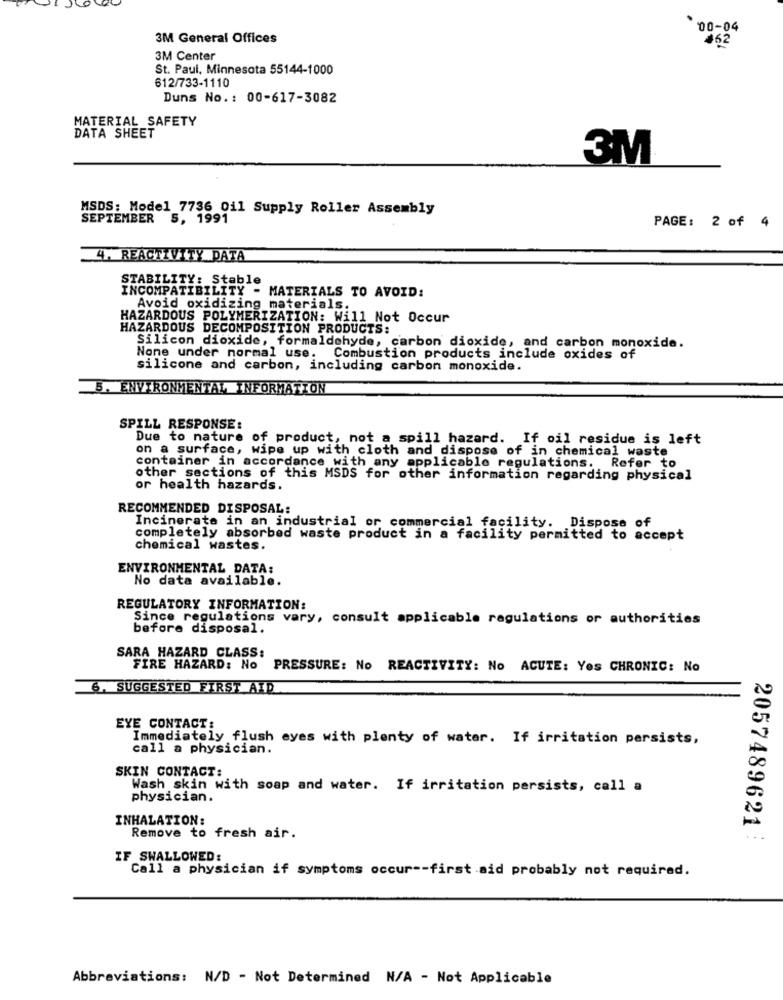
00-04
3M General Offices
162
3M Center
St. Paul, Minnesota 55144-1000
612/733-1110
Duns No. : 00-617-3082
MATERIAL SAFETY
DATA SHEET
3M
MSDS: Model 7736 0il Supply Roller Assembly
SEPTEMBER 5, 1991
PAGE: 2 of 4
4. REACTIVITY DATA
STABILITY: Stable
INCOMPATIBILITY - MATERIALS TO AVOID:
Avoid oxidizing materials.
HAZARDOUS POLYMERIZATION: Will Not Occur
HAZARDOUS DECOMPOSITION PRODUCTS:
Silicon dioxide, formaldehyde, carbon dioxide, and carbon monoxide.
None under normal use. Combustion products include oxides of
silicone and carbon, including carbon monoxide.
B. ENVIRONMENTAL INFORMATION
SPILL RESPONSE:
Due to nature of product, not a spill hazard. If oil residue is left
on a surface, wipe up with cloth and dispose of in chemical waste
container in accordance with any applicable regulations. Refer to
other sections of this MSDS for other information regarding physical
or health hazards.
RECOMMENDED DISPOSAL:
Incinerate in an industrial or commercial facility. Dispose of
completely absorbed waste product in a facility permitted to accept
chemical wastes.
ENVIRONMENTAL DATA:
No data available.
REGULATORY INFORMATION:
Since regulations vary, consult applicable regulations or authorities
before disposal.
SARA HAZARD CLASS:
FIRE HAZARD: No
PRESSURE: No REACTIVITY: No ACUTE: Yes CHRONIC: No
6. SUGGESTED FIRST AID
EYE CONTACT:
Immediately flush eyes with plenty of water. If irritation persists,
call a physician.
SKIN CONTACT:
Wash skin with soap and water. If irritation persists, call a
physician.
INHALATION:
Remove to fresh air.
2057489621 :
IF SWALLOWED:
Call a physician if symptoms occur -- first aid probably not required.
Abbreviations: N/D - Not Determined N/A - Not Applicable